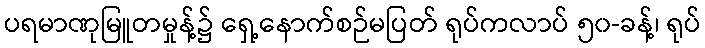
ပရမာဏုမြူတမှုန့်၌ ရှေ့နောက်စဉ်မပြတ် ရုပ်ကလာပ် ၅၀-ခန့်၊ ရုပ်